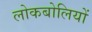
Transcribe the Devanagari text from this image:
लोकबोलियों